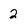
Character: 2